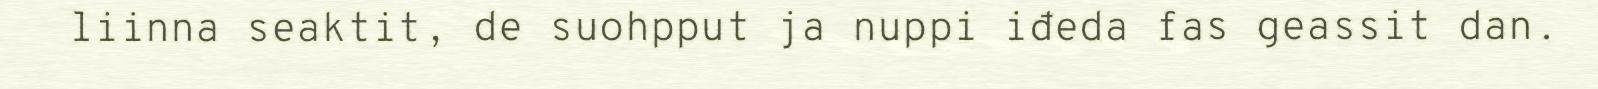
liinna seaktit, de suohpput ja nuppi iđeda fas geassit dan.